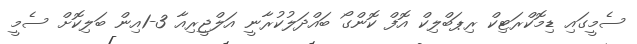
ސެމީގައި ޑިމޮކްރަޓިކް ރިޕަބްލިކް އޮފް ކޮންގޯ ބައްދަލުކުރާނީ އަލްޖީރިއާ 3-1އިން ބަލިކޮށް ސެމީ